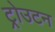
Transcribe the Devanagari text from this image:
ट्रोउटन